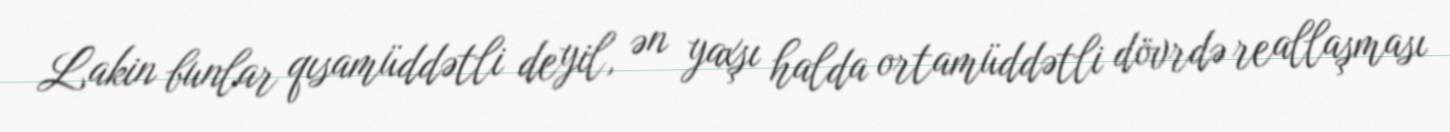
Lakin bunlar qısamüddətli deyil, ən yaxşı halda ortamüddətli dövrdə reallaşması